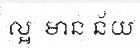
ល្អ  មាន ន័យ